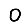
Digit: 0